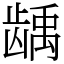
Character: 龋